Investigations on Bengal jail dietaries - Number 37
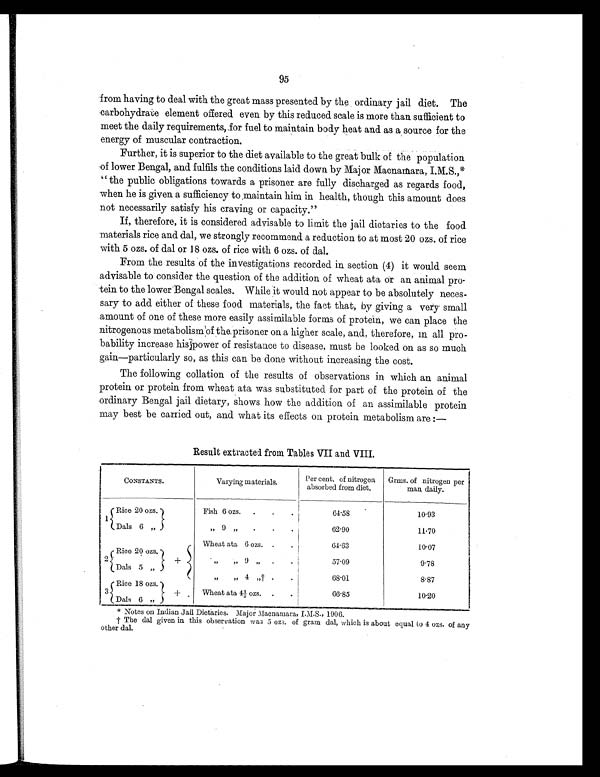
95
from having to deal with the great mass presented by the ordinary jail diet. The
carbohydrate element offered even by this reduced scale is more than sufficient to
meet the daily requirements, for fuel to maintain body heat and as a source for the
energy of muscular contraction.
Further, it is superior to the diet available to the great bulk of the population
of lower Bengal, and fulfils the conditions laid down by Major Macnamara,
I.M.S.,* "the public obligations towards a prisoner are fully discharged as regards food,
when he is given a sufficiency to maintain him in health, though this amount does
not necessarily satisfy his craving or capacity."
If, therefore, it is considered advisable to limit the jail dietaries to the food
materials rice and dal, we strongly recommend a reduction to at most 20 ozs. of rice
with 5 ozs. of dal or 18 ozs. of rice with 6 ozs. of dal.
From the results of the investigations recorded in section (4) it would seem
advisable to consider the question of the addition of wheat ata or an animal pro-
tein to the lower Bengal scales. While it would not appear to be absolutely neces-
sary to add either of these food materials, the fact that, by giving a very small
amount of one of these more easily assimilable forms of protein, we can place the
nitrogenous metabolism of the prisoner on a higher scale, and, therefore, in all pro-
bability increase his power of resistance to disease, must be looked on as so much
gain—particularly so, as this can be done without increasing the cost.
The following collation of the results of observations in which an animal
protein or protein from wheat ata was substituted for part of the protein of the
ordinary Bengal jail dietary, shows how the addition of an assimilable protein
may best be carried out, and what its effects on protein metabolism are :—
Result extracted from Tables VII and VIII.
CONSTANTS.
Varying materials.
Per cent. of nitrogen
absorbed from diet.
Grms. of nitrogen per
man daily.
1
Rice 20 ozs.
Fish 6 ozs. .
.
.
64.58
10.93
Dals 6 „
„ 9 „
.
.
.
62.90
11.70
+
Wheat ata 6 ozs. .
.
64.63
10.07
2 Rice 20 ozs.
„ „
9 „
.
.
57.09
9.78
Dals 5 „
„ „ 4 „ †
.
.
68.01
8.87
3
Rice 18 ozs.
+
Wheat ata 4½ ozs. .
.
66.85
10.20
Dals 6 „
* Notes on Indian Jail Dietaries. Major Macnamara, I.M.S., 1906.
† The dal given in this observation was 5 ozs. of gram dal, which is about equal to 4 ozs. of any
other dal.